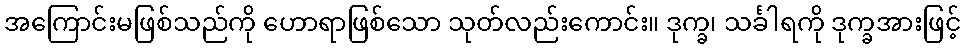
အကြောင်းမဖြစ်သည်ကို ဟောရာဖြစ်သော သုတ်လည်းကောင်း။ ဒုက္ခ၊ သင်္ခါရကို ဒုက္ခအားဖြင့်